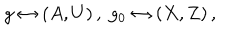
g \leftrightarrow ( A , U ) \, , \; g _ { 0 } \leftrightarrow ( X , Z ) \, ,